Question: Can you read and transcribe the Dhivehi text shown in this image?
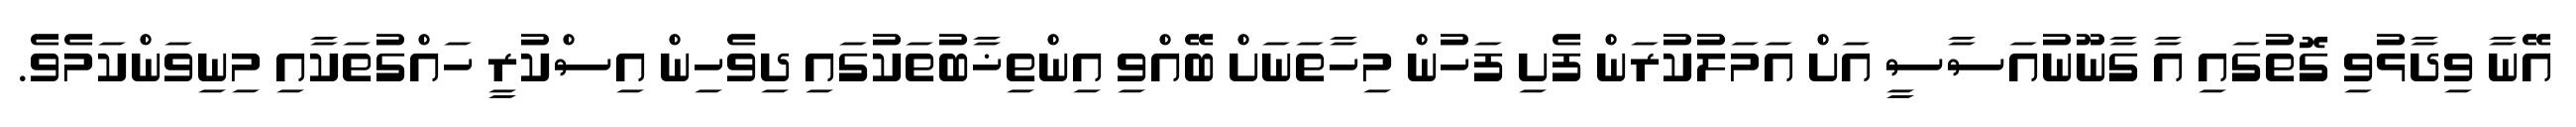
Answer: އޭނާ ވިދާޅުވި ގޮތުގައި އާ ގާނޫނުއަސާސީ އަށް އަމަލުކުރަން ފެށި ފަހުން މިހާތަނަށް ބޭއްވި އިންތިޚާބުތަކުގައި ދިވެހިން އިސްކުރީ ހައްގުތަކާއި މިނިވަންކަމެވެ.